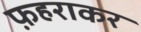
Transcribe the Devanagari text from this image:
फ़हराकर